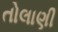
તોલાણી